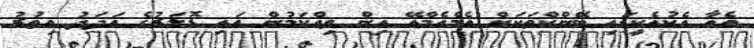
އެއާ އެކުއެކީގައި ބޭންކްތަކަށް އެމްއެމްއޭ އިން ވިއްކަމުން އައި ޑޮލަރުގެ އަދަދު އިތުރު